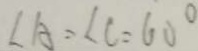
\angle A = \angle C = 6 0 ^ { \circ }